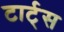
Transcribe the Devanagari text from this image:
टार्ट्‌स